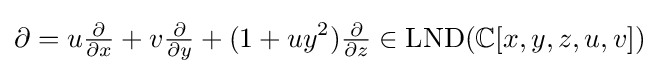
\partial =u{\tfrac {\partial }{\partial x}}+v{\tfrac {\partial }{\partial y}}+(1+uy^{2}){\tfrac {\partial }{\partial z}}\in \operatorname {LND} (\mathbb {C} [x,y,z,u,v])